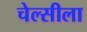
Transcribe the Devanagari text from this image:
चेल्सीला